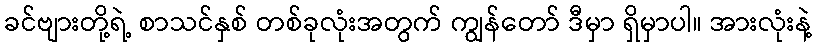
ခင်ဗျားတို့ရဲ့ စာသင်နှစ် တစ်ခုလုံးအတွက် ကျွန်တော် ဒီမှာ ရှိမှာပါ။ အားလုံးနဲ့